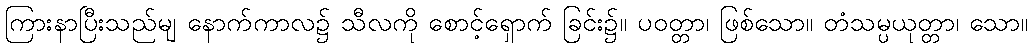
ကြားနာပြီးသည်မျ နောက်ကာလ၌ သီလကို စောင့်ရှောက် ခြင်း၌။ ပဝတ္တာ၊ ဖြစ်သော။ တံသမ္ပယုတ္တာ၊ သော။